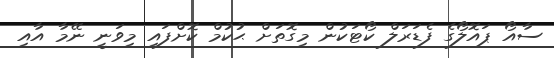
ސާއޯ ޕައޮލޯގެ ފެޑަރަލް ކޯޓަކުން މިގޮތަށް ޙުކުމް ކޮށްފައި މިވަނީ ނޭމާ އާއި